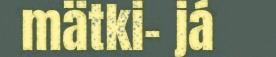
mätki- já